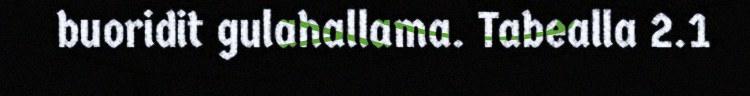
buoridit gulahallama. Tabealla 2.1